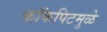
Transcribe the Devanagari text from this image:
कॉकपिटमुळे